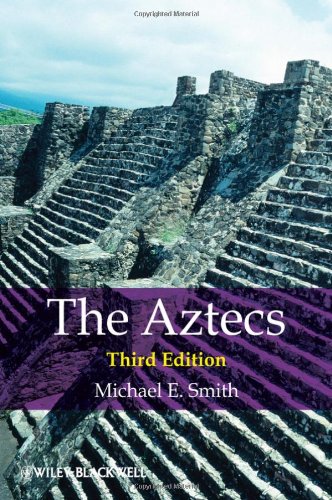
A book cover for The Aztecs; Michael E. Smith; History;